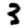
Digit: 3